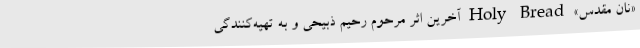
«نان مقدس» Holy Bread آخرین اثر مرحوم رحیم ذبیحی و به تهیه‌کنندگی